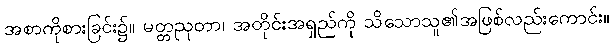
အစာကိုစားခြင်း၌။ မတ္တညုတာ၊ အတိုင်းအရှည်ကို သိသောသူ၏အဖြစ်လည်းကောင်း။